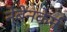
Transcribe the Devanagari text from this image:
नेबेनकेर्न